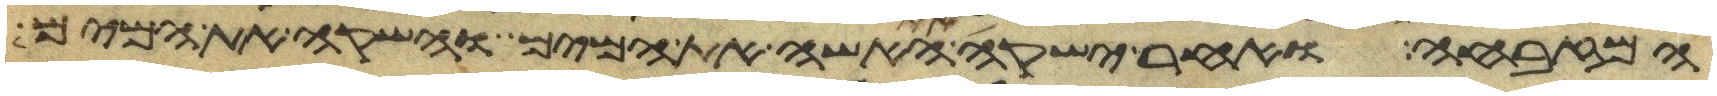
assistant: המזבחה ואחר ישקה את האשה את המים והשקה את המים